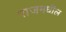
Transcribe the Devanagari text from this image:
राजमधील